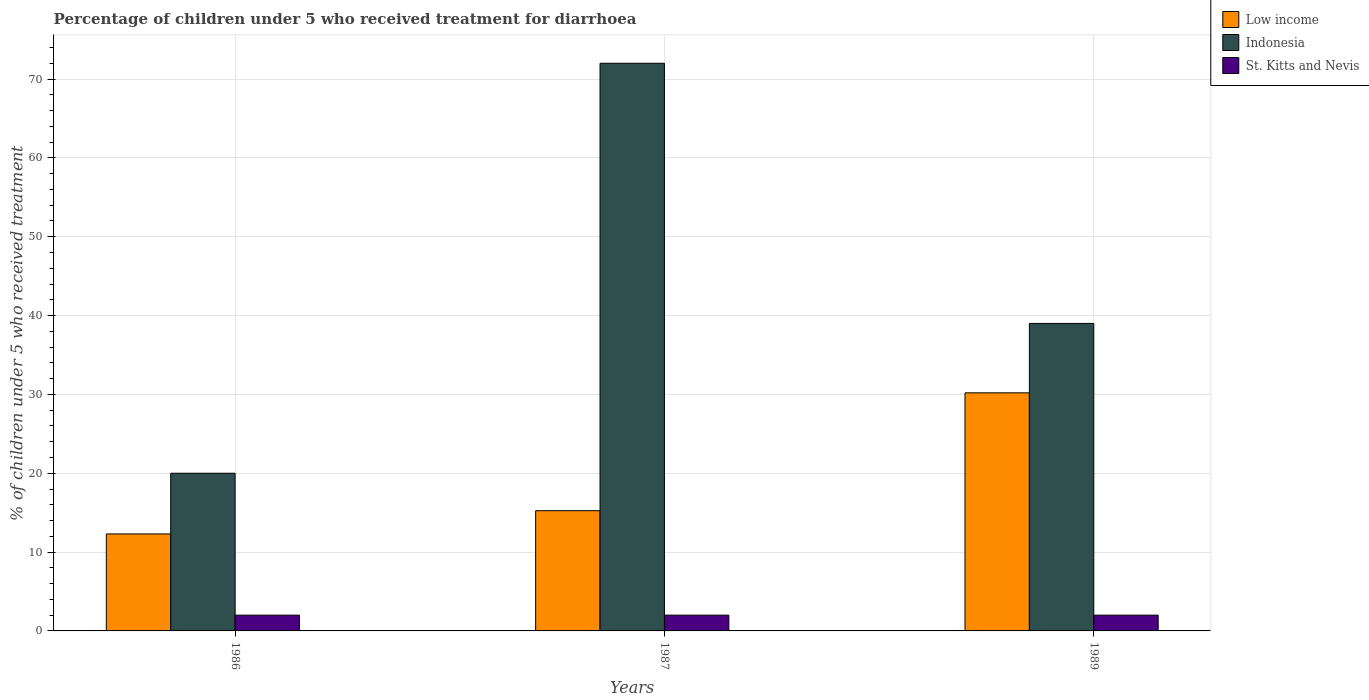
| Years | Low income | Indonesia | St. Kitts and Nevis |
 | --- | --- | --- | --- |
 | 1986 | 12.3 | 20 | 2 |
 | 1987 | 15.2 | 72 | 2 |
 | 1989 | 30.2 | 39 | 2 |